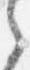
之